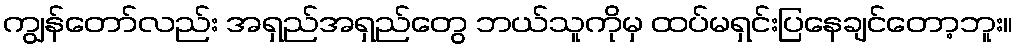
ကျွန်တော်လည်း အရှည်အရှည်တွေ ဘယ်သူကိုမှ ထပ်မရှင်းပြနေချင်တော့ဘူး။